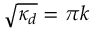
\sqrt { \kappa _ { d } } = \pi k